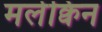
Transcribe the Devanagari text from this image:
मर्लेक्विन